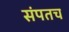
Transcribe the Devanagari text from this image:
संपतच